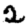
Digit: 2